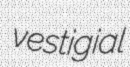
vestigial